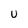
Character: U